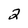
Character: 2